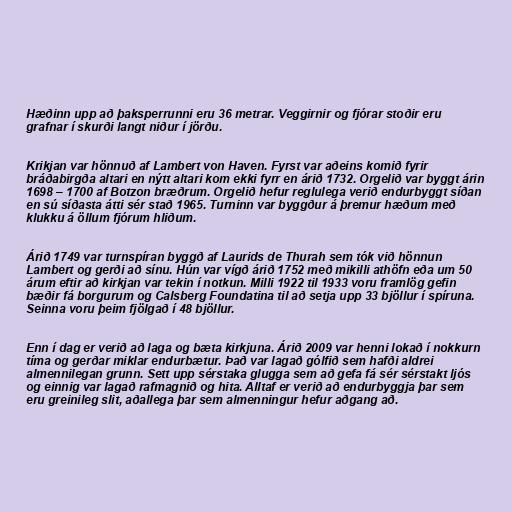
Hæðinn upp að þaksperrunni eru 36 metrar. Veggirnir og fjórar stoðir eru
grafnar í skurði langt niður í jörðu.

Krikjan var hönnuð af Lambert von Haven. Fyrst var aðeins komið fyrir
bráðabirgða altari en nýtt altari kom ekki fyrr en árið 1732. Orgelið var byggt árin
1698 – 1700 af Botzon bræðrum. Orgelið hefur reglulega verið endurbyggt síðan
en sú síðasta átti sér stað 1965. Turninn var byggður á þremur hæðum með
klukku á öllum fjórum hliðum.

Árið 1749 var turnspíran byggð af Laurids de Thurah sem tók við hönnun
Lambert og gerði að sínu. Hún var vígð árið 1752 með mikilli athöfn eða um 50
árum eftir að kirkjan var tekin í notkun. Milli 1922 til 1933 voru framlög gefin
bæðir fá borgurum og Calsberg Foundatina til að setja upp 33 bjöllur í spíruna.
Seinna voru þeim fjölgað í 48 bjöllur.

Enn í dag er verið að laga og bæta kirkjuna. Árið 2009 var henni lokað í nokkurn
tíma og gerðar miklar endurbætur. Það var lagað gólfið sem hafði aldrei
almennilegan grunn. Sett upp sérstaka glugga sem að gefa fá sér sérstakt ljós
og einnig var lagað rafmagnið og hita. Alltaf er verið að endurbyggja þar sem
eru greinileg slit, aðallega þar sem almenningur hefur aðgang að.